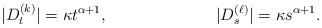
LaTeX: \begin{align*} |D^{(k)}_t|=\kappa t^{\alpha+1}, && |D^{(\ell)}_s|=\kappa s^{\alpha+1}.\end{align*}